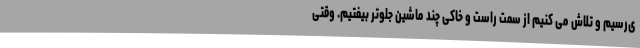
ی‌رسیم و تلاش می کنیم از سمت راست و خاکی چند ماشین جلوتر بیفتیم. وقتی